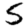
Digit: 5